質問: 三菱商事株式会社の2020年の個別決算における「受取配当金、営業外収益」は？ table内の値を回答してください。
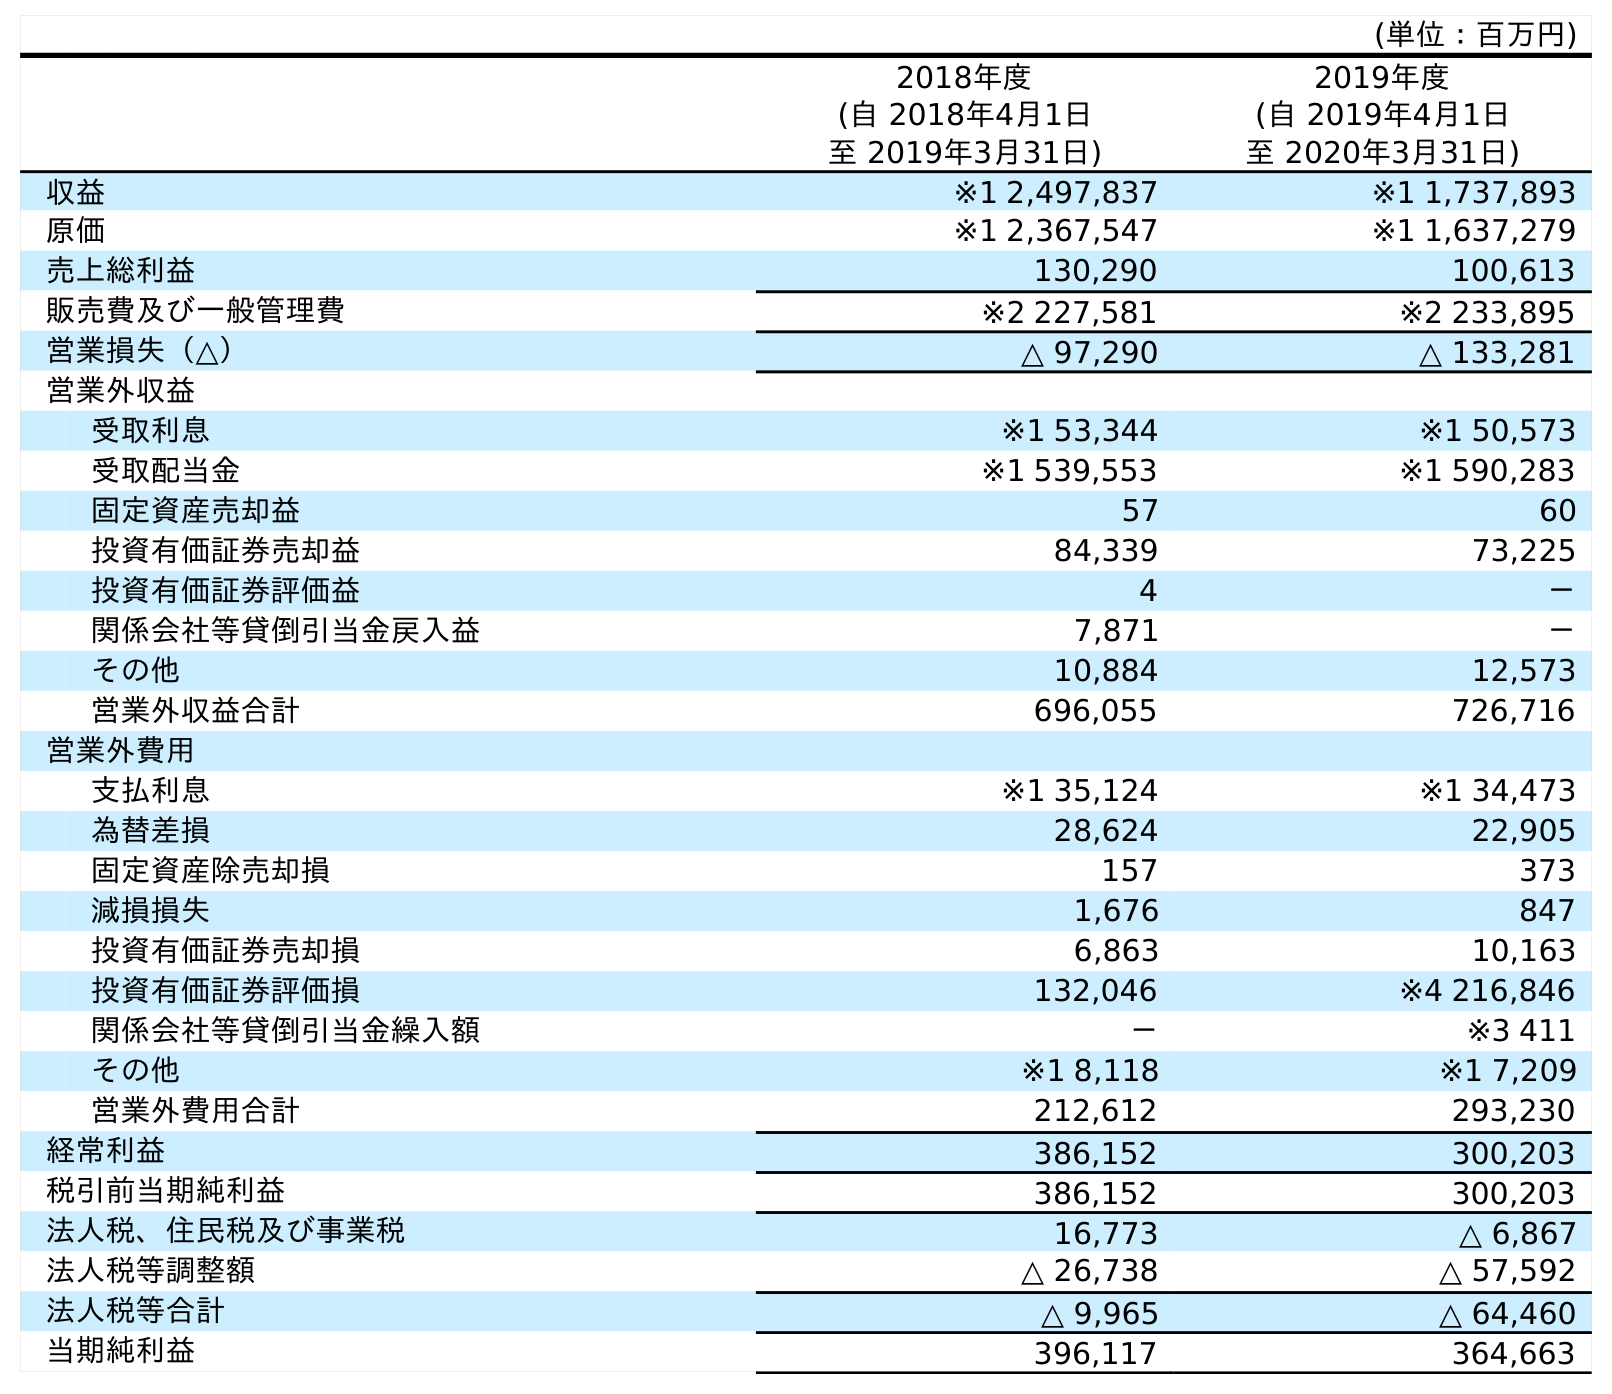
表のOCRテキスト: (単位：百万円) 2018年度 (自 2018年4月1日 至 2019年3月31日) 2019年度 (自 2019年4月1日 至 2020年3月31日) 収益 ※1 2,497,837 ※1 1,737,893 原価 ※1 2,367,547 ※1 1,637,279 売上総利益 130,290 100,613 販売費及び一般管理費 ※2 227,581 ※2 233,895 営業損失（△） △ 97,290 △ 133,281 営業外収益 受取利息 ※1 53,344 ※1 50,573 受取配当金 ※1 539,553 ※1 590,283 固定資産売却益 57 60 投資有価証券売却益 84,339 73,225 投資有価証券評価益 4 － 関係会社等貸倒引当金戻入益 7,871 － その他 10,884 12,573 営業外収益合計 696,055 726,716 営業外費用 支払利息 ※1 35,124 ※1 34,473 為替差損 28,624 22,905 固定資産除売却損 157 373 減損損失 1,676 847 投資有価証券売却損 6,863 10,163 投資有価証券評価損 132,046 ※4 216,846 関係会社等貸倒引当金繰入額 － ※3 411 その他 ※1 8,118 ※1 7,209 営業外費用合計 212,612 293,230 経常利益 386,152 300,203 税引前当期純利益 386,152 300,203 法人税、住民税及び事業税 16,773 △ 6,867 法人税等調整額 △ 26,738 △ 57,592 法人税等合計 △ 9,965 △ 64,460 当期純利益 396,117 364,663
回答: ※1590,283